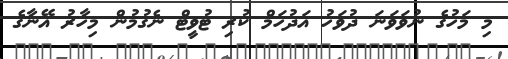
މި މަހުގެ ނުވަވަނަ ދުވަހު އަދުހަމް ކުރި ޓުވީޓް ނެގުމުން މިހާރު އޭނާގެ